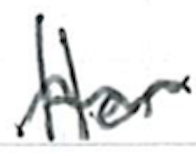
Text: Her
Cross-out: wave
Writing tool: ballpoint